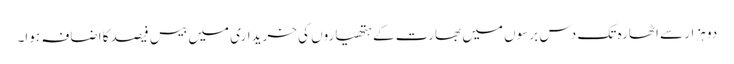
دو ہزار سے اٹھارہ تک دس برسوں میں بھارت کے ہتھیاروں کی خریداری میں بیس فیصد کا اضافہ ہوا۔